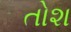
તોશ